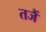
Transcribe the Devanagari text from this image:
तजैं